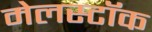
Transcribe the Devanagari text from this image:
मेलस्टॉक